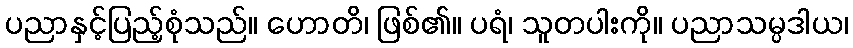
ပညာနှင့်ပြည့်စုံသည်။ ဟောတိ၊ ဖြစ်၏။ ပရံ၊ သူတပါးကို။ ပညာသမ္ပဒါယ၊